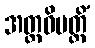
အတ္တဝိပတ္တိံ